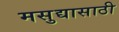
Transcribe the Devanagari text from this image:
मसुद्यासाठी